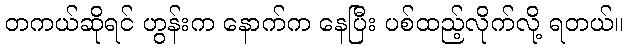
တကယ်ဆိုရင် ဟွန်းက နောက်က နေပြီး ပစ်ထည့်လိုက်လို့ ရတယ်။